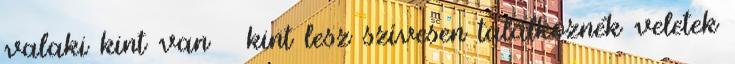
valaki kint van kint lesz szívesen találkoznék veletek